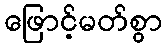
ဖြောင့်မတ်စွာ